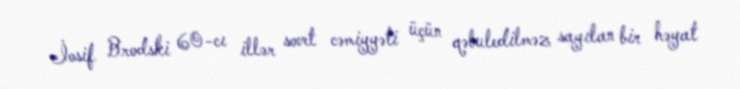
İosif Brodski 60-cı illər sovet cəmiyyəti üçün qəbuledilməz sayılan bir həyat